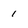
Character: 1